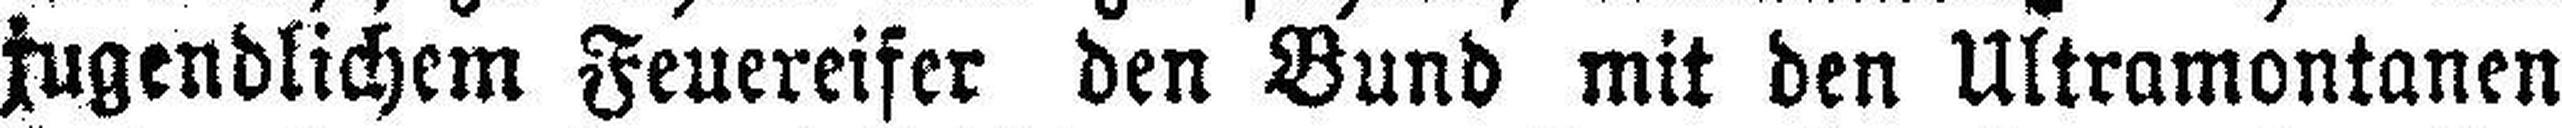
jugendlichem Feuereifer den Bund mit den Ultramontanen